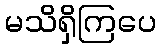
မသိရှိကြပေ